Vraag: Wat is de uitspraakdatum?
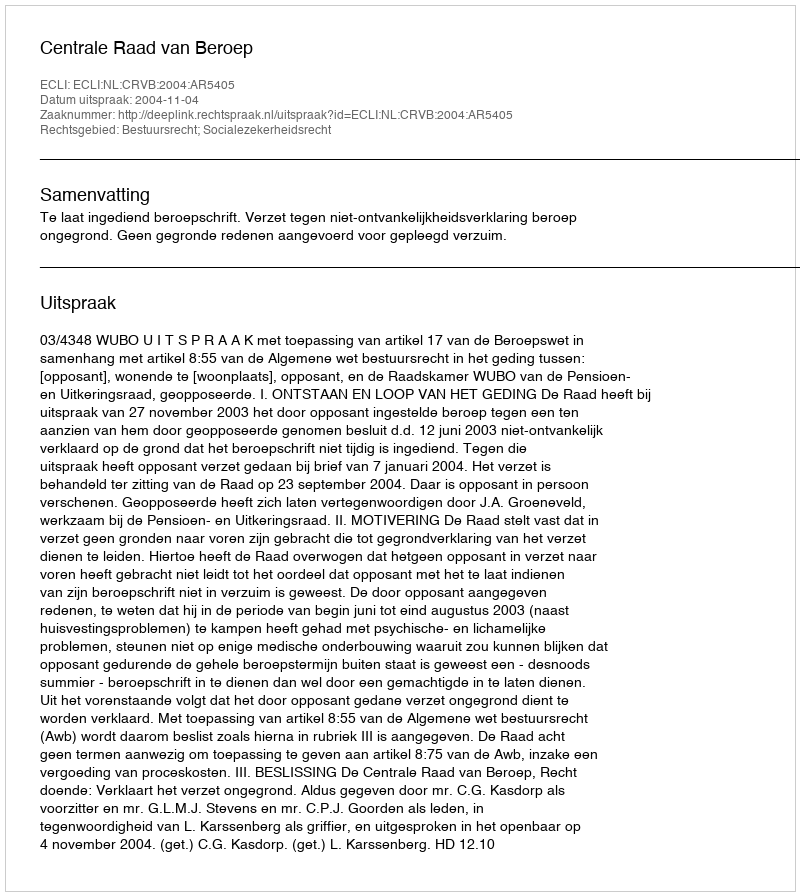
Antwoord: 2004-11-04